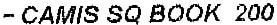
- CAMIS SQ BOOK 200